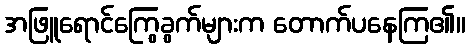
အဖြူရောင်ကြွေခွက်များက တောက်ပနေကြ၏။